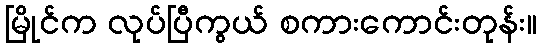
မြိုင်က လုပ်ပြီကွယ် စကားကောင်းတုန်း။